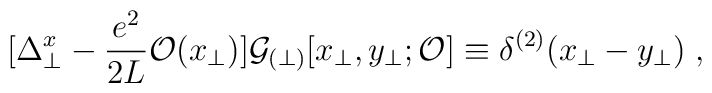
[ \Delta_\perp^x - \frac{e^2}{2L} {\cal O}(x_\perp) ]{\cal G}_{(\perp)}[x_\perp , y_\perp; {\cal O}]\equiv \delta^{(2)} (x_\perp - y_\perp ) \; ,